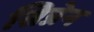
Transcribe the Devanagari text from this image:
सिप्रेन